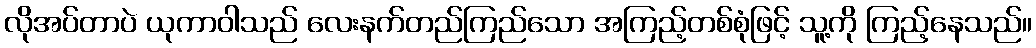
လိုအပ်တာပဲ ယုကာဝါသည် လေးနက်တည်ကြည်သော အကြည့်တစ်စုံဖြင့် သူ့ကို ကြည့်နေသည်။